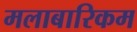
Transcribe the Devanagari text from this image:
मलाबारिकम